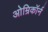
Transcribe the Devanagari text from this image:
ओम्रिकॉर्न